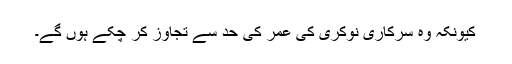
کیونکہ وہ سرکاری نوکری کی عمر کی حد سے تجاوز کر چکے ہوں گے۔